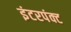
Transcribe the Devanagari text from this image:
इंटरपंक्ट